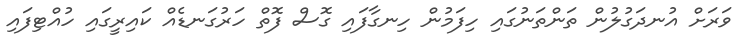
ވަރަށް އުނދަގުލުން ތަންތަނުގައި ހިފަމުން ހިނގާފައި ގޮސް ފޮތް ހަރުގަނޑެއް ކައިރީގައި ހުއްޓިފައި